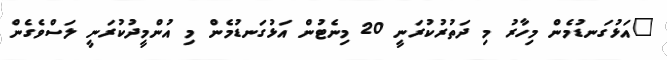
"އަޅުގަނޑުމެން މިހާރު މި ދަތުރުކުރަނީ 20 މިނެޓުން އަޅުގަނޑުމެން މި އުންމީދުކުރަނީ ލަސްވެގެން